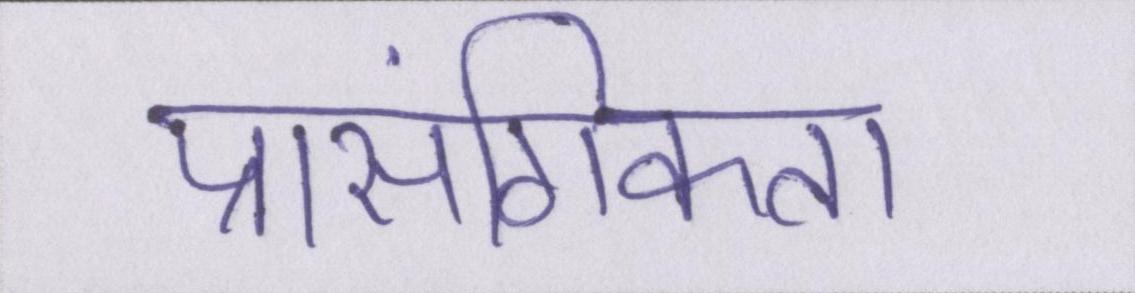
प्रासंगिकता